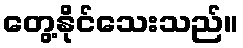
တွေ့နိုင်သေးသည်။